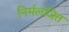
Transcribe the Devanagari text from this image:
निर्मलजित